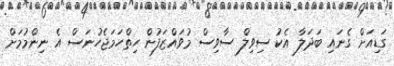
ގަޑިއަށް ގެނައި ބަދަލާ އެކު ސިވިލް ސާވިސް މުވައްޒަފުން ހިތްހަމަޖެހުނަސް އެ ނިންމުމަށް